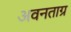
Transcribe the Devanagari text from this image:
अवनताग्र